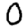
Digit: 0